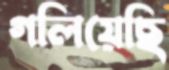
গলিয়েছি